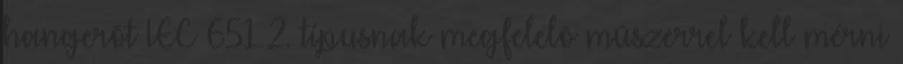
hangerõt IEC 651 2. típusnak megfelelõ mûszerrel kell mérni